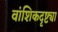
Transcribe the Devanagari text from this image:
वांशिकदृष्ट्या